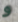
و